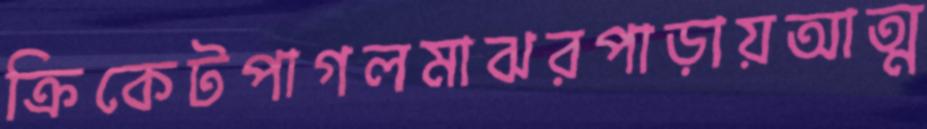
ক্রিকেটপাগলমাঝরপাড়ায়আত্ম